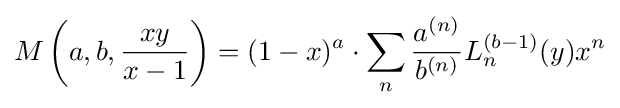
M\left(a,b,{\frac {xy}{x-1}}\right)=(1-x)^{a}\cdot \sum _{n}{\frac {a^{(n)}}{b^{(n)}}}L_{n}^{(b-1)}(y)x^{n}